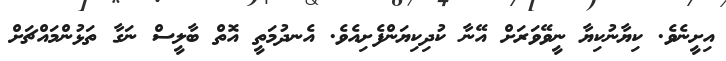
އިށީނެވެ. ކިޔާނުކިޔާ ނީވޭވަރަށް އޭނާ ކުދިކިޔަންފެށިއެވެ. އެނދުމަތީ އޮތް ބާލީސް ނަގާ ތަޅުންމައްޗަށް